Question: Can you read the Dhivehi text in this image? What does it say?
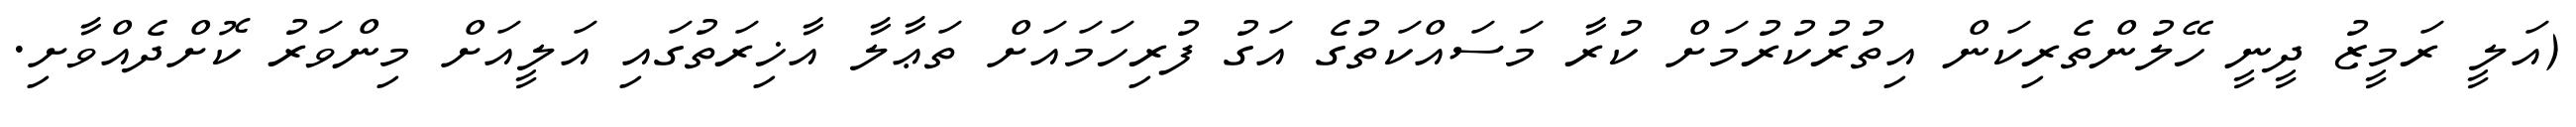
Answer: (އަލީ ރަމީޒު ދީނީ ހޭލުންތެރިކަން އިތުރުކުރުމަށް ކުރާ މަސައްކަތުގެ އަގު ފުރިހަމައަށް ތަޢާލާ އާޚިރަތުގައި އަލީއަށް މިންވަރު ކޮށްދެއްވާށި.